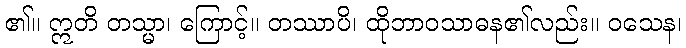
၏။ ဣတိ တသ္မာ၊ ကြောင့်။ တဿာပိ၊ ထိုဘာဝသာဓန၏လည်း။ ဝသေန၊